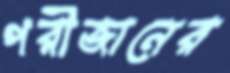
পরীজানের